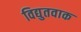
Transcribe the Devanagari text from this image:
विद्युतवाक